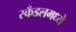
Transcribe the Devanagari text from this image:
स्कँडलमध्ये